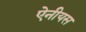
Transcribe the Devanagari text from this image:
ऐनीयस